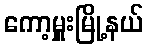
ကော့မှူးမြို့နယ်